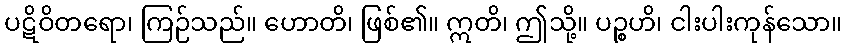
ပဋိဝိတရော၊ ကြဉ်သည်။ ဟောတိ၊ ဖြစ်၏။ ဣတိ၊ ဤသို့။ ပဉ္စဟိ၊ ငါးပါးကုန်သော။